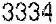
3334